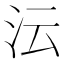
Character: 沄